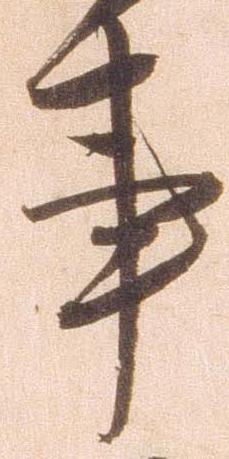
事